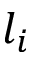
l _ { i }